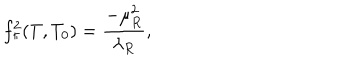
f _ { \pi } ^ { 2 } ( T , T _ { 0 } ) = \frac { - \mu _ { R } ^ { 2 } } { \lambda _ { R } } ,